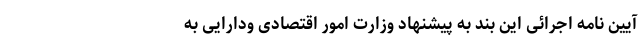
آیین ­نامه اجرائی این بند به پیشنهاد وزارت امور اقتصادی ودارایی به